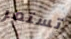
تستمر